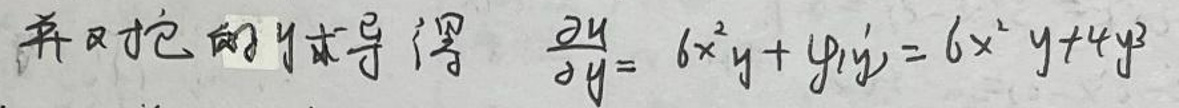
并对它的 $y$ 求导得 $\frac{\partial u}{\partial y}=6x^{2}y+\varphi(y)=6x^{2}y + 4y^{3}$